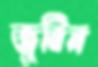
জুবিন